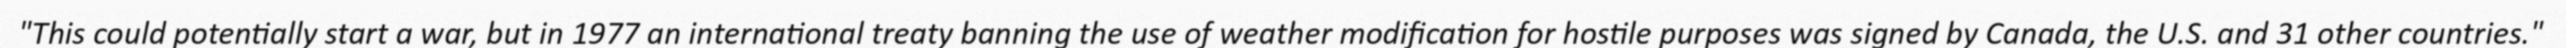
"This could potentially start a war, but in 1977 an international treaty banning the use of weather modification for hostile purposes was signed by Canada, the U.S. and 31 other countries."